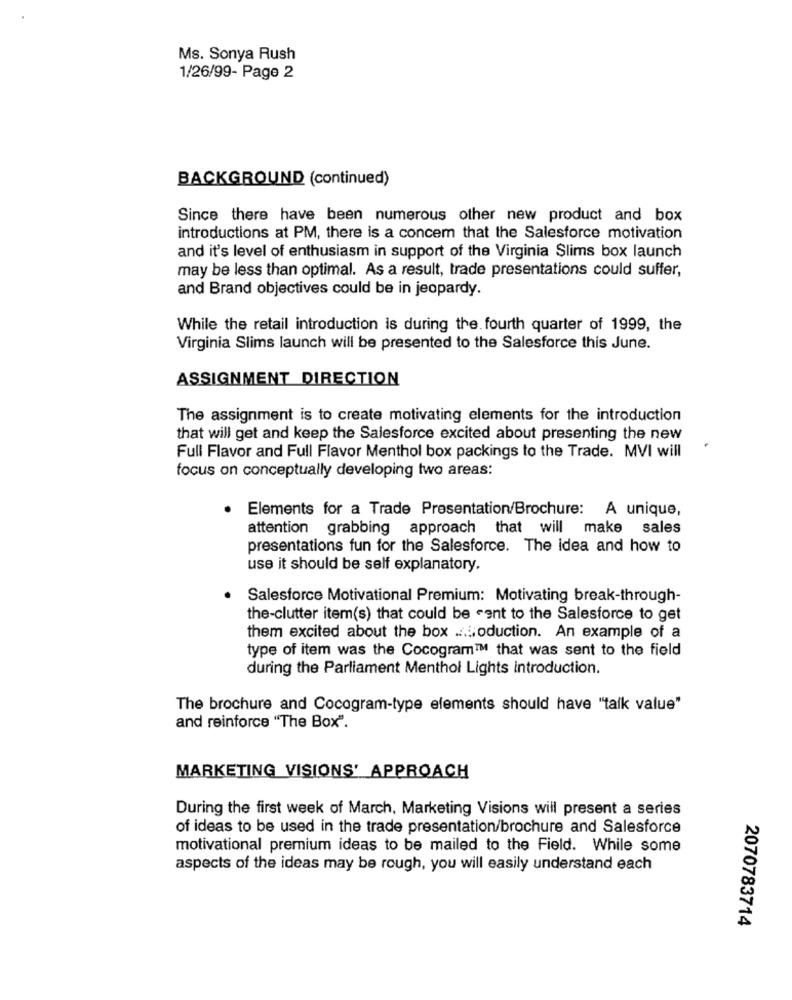
Ms. Sonya Rush
1/26/99- Page 2
BACKGROUND (continued)
Since there have been numerous other new product and box
introductions at PM, there is a concem that the Salesforce motivation
and it's level of enthusiasm in support of the Virginia Slims box launch
may be less than optimal. As a result, trade presentations could suffer,
and Brand objectives could be in jeopardy.
While the retail introduction is during the fourth quarter of 1999, the
Virginia Slims launch will be presented to the Salesforce this June.
ASSIGNMENT DIRECTION
The assignment is to create motivating elements for the introduction
that will get and keep the Salesforce excited about presenting the new
Full Flavor and Full Flavor Menthol box packings to the Trade. MVI will
focus on conceptually developing two areas:
· Elements for a Trade Presentation/Brochure: A unique,
attention grabbing approach that will make sales
presentations fun for the Salesforce. The idea and how to
use it should be self explanatory.
Salesforce Motivational Premium: Motivating break-through-
the-clutter item(s) that could be sent to the Salesforce to get
them excited about the box .... oduction. An example of a
type of item was the Cocogram™ that was sent to the field
during the Parliament Menthol Lights introduction.
The brochure and Cocogram-type elements should have "talk value"
and reinforce "The Box".
MARKETING VISIONS' APPROACH
During the first week of March, Marketing Visions will present a series
of ideas to be used in the trade presentation/brochure and Salesforce
motivational premium ideas to be mailed to the Field. While some
aspects of the ideas may be rough, you will easily understand each
2070783714